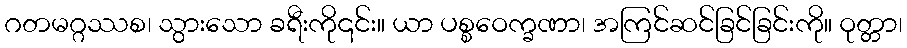
ဂတမဂ္ဂဿစ၊ သွားသော ခရီးကို၎င်း။ ယာ ပစ္စဝေက္ခဏာ၊ အကြင်ဆင်ခြင်ခြင်းကို။ ဝုတ္တာ၊